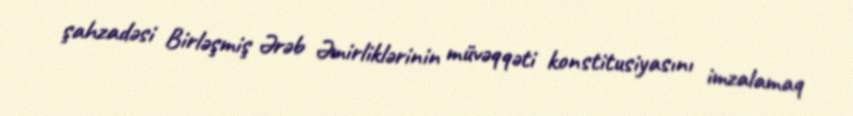
şahzadəsi Birləşmiş Ərəb Əmirliklərinin müvəqqəti konstitusiyasını imzalamaq